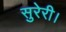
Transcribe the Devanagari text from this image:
सुरेरी।